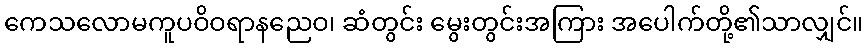
ကေသလောမကူပဝိဝရာနညေဝ၊ ဆံတွင်း မွေးတွင်းအကြား အပေါက်တို့၏သာလျှင်။